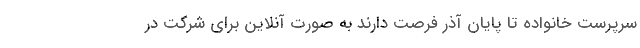
سرپرست خانواده تا پایان آذر فرصت دارند به‌ صورت آنلاین برای شرکت در